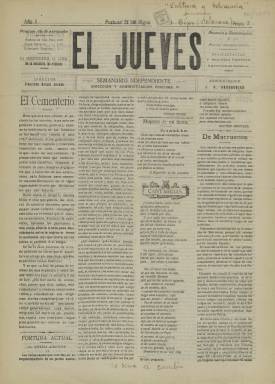
Título: El Jueves (Fortuna)
Colección: Periódicos
Ámbito geográfico: Murcia
Lugar de publicación: Fortuna [Murcia]
Fechas: 31/08/1911-31/08/1911